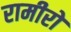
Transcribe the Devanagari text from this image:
रामीरो